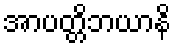
အာပတ္တိဘယာနိ